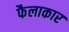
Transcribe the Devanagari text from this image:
फैलाकार